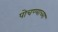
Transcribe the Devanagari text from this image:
पोचण्याच्या